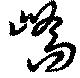
嶠